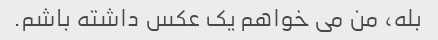
بله، من می خواهم یک عکس داشته باشم.